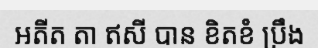
អតីត តា ឥសី បាន ខិតខំ ប្រឹង